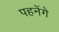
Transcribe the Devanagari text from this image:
पहनेंगे